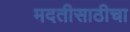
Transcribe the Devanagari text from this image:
मदतीसाठीचा